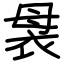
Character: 袰